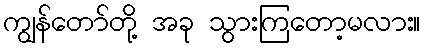
ကျွန်တော်တို့ အခု သွားကြတော့မလား။